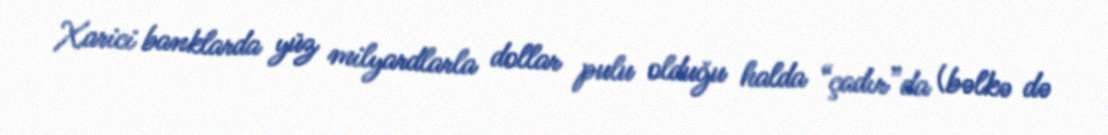
Xarici banklarda yüz milyardlarla dollar pulu olduğu halda “çadır”da (bəlkə də